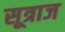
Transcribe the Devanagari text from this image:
सूत्राज